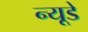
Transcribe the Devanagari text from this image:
न्यूडे